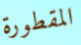
المقطورة